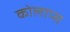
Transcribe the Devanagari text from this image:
कोलाप्स